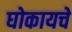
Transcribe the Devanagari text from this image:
घोकायचे